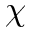
\chi